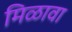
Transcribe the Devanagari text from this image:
मिळावा